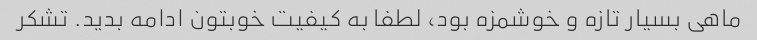
ماهی بسیار تازه و خوشمزه بود، لطفا به کیفیت خوبتون ادامه بدید. تشکر